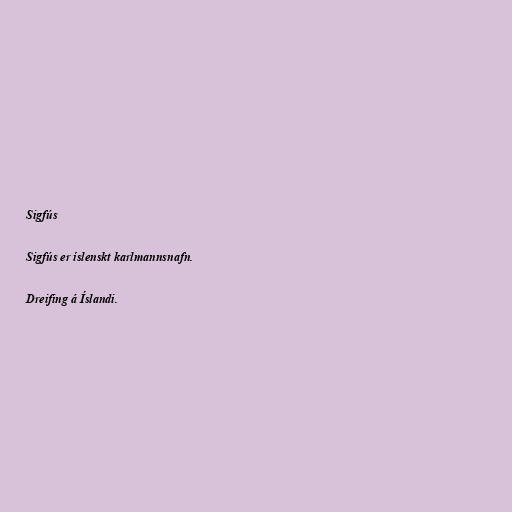
Sigfús

Sigfús er íslenskt karlmannsnafn.

Dreifing á Íslandi.